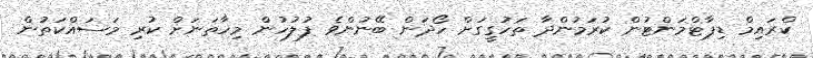
ކްރައިމް ޑިޕާޓްމަންޓުން ކުރަމުންދާ ތަހުގީގަށް ހޯދަން ބޭނުންވެ ފުލުހުން މިހާތަނަށް ކުރި މަސައްކަތުން